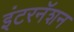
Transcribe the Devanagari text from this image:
इंटरनॅशन